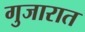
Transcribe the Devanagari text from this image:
गुजारात